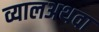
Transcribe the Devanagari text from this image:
व्यालअथवा